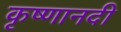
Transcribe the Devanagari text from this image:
कृष्णानदी